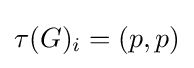
\tau (G)_{i}=(p,p)